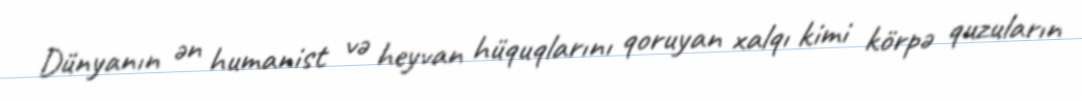
Dünyanın ən humanist və heyvan hüquqlarını qoruyan xalqı kimi körpə quzuların